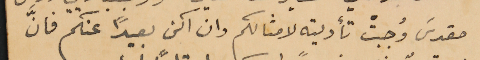
مقدسَ وُجبتْ تأديته لامثالكم وان اكن بعيدًا عنكم فانَّ